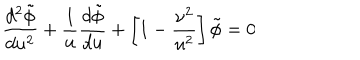
{ \frac { d ^ { 2 } \tilde { \phi } } { d u ^ { 2 } } } + { \frac { 1 } { u } } { \frac { d \tilde { \phi } } { d u } } + \left[ 1 - { \frac { \nu ^ { 2 } } { u ^ { 2 } } } \right] \tilde { \phi } = 0